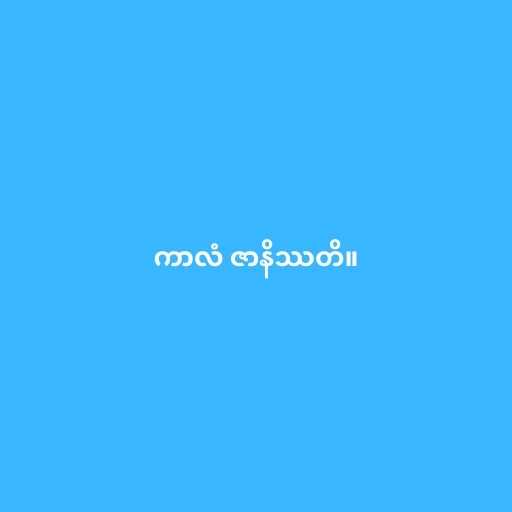
ကာလံ ဇာနိဿတိ။